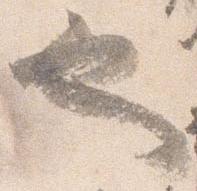
也